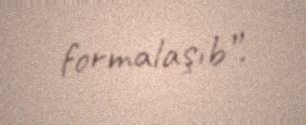
formalaşıb”.